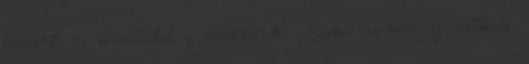
tételéről is elmélkedtek a résztvevők. Sajnos azonban az említett